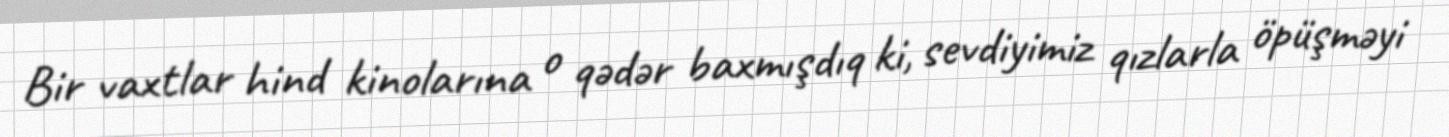
Bir vaxtlar hind kinolarına o qədər baxmışdıq ki, sevdiyimiz qızlarla öpüşməyi